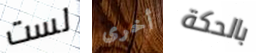
لست أخرى بالحكة